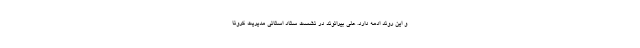
و این روند ادمه دارد. علی بیرانوند در نشست ستاد استانی مدیریت کرونا